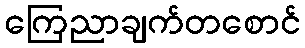
ကြေညာချက်တစောင်